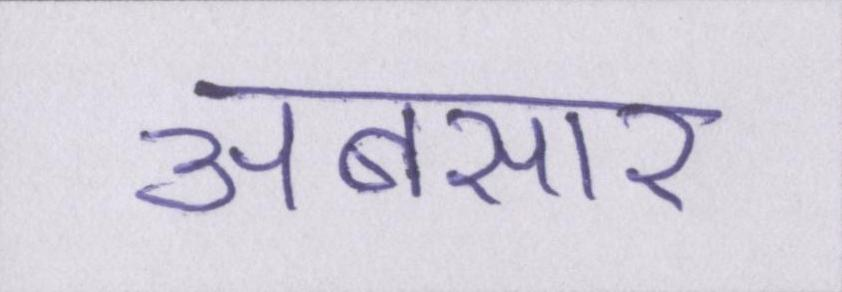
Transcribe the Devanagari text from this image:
अबसार